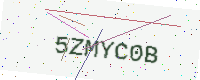
Text: 5ZMYC0B